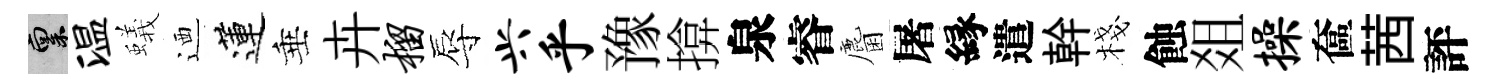
禀温蟻迺蓮垂卉榴辱兴乎豫揜泉睿麕屠縁遣幹棧蝕爼操奩茜評